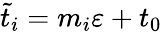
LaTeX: \tilde{t}_{i}=m_{i}\varepsilon+t_{0}